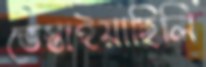
ভেস্তাইয়াছিলি